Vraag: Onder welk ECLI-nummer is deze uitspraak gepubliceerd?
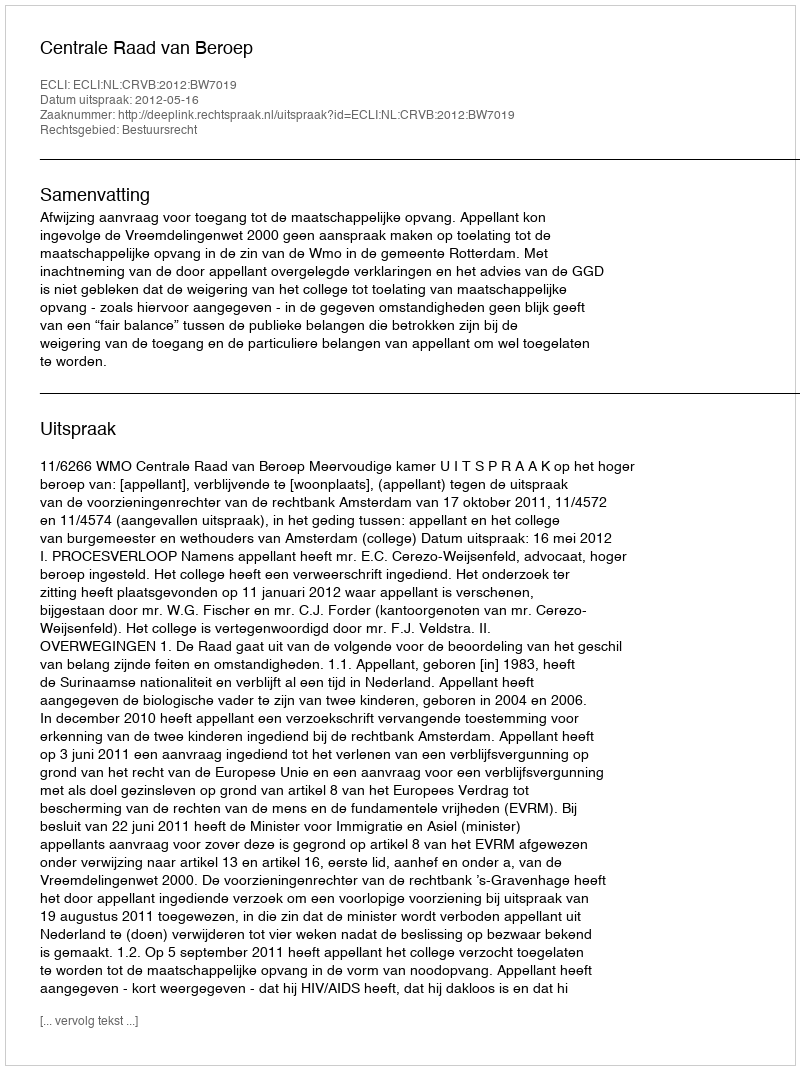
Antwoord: ECLI:NL:CRVB:2012:BW7019